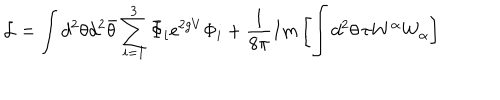
{ \cal { L } } = \int d ^ { 2 } \theta d ^ { 2 } { \bar { \theta } } \sum _ { i = 1 } ^ { 3 } { \bar { \Phi } } _ { i } \mathrm { e } ^ { 2 g V } \Phi _ { i } + \frac { 1 } { 8 \pi } I m \left[ \int d ^ { 2 } \theta \, \tau W ^ { \alpha } W _ { \alpha } \right]